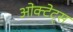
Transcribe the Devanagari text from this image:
ओक्टेट्स